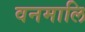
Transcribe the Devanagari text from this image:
वनमालि